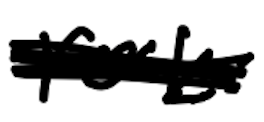
Text: rock
Cross-out: mix
Writing tool: digital_black